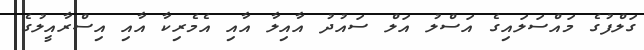
ގަލްފުގެ މައްސަލައިގެ އަސްލު އަލް ސައުދު އާއިލާ އާއި އެމެރިކާ އާއި އިސްރާއީލުގެ